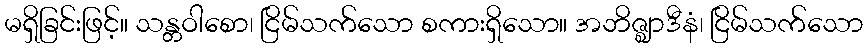
မရှိခြင်းဖြင့်။ သန္တဝါစော၊ ငြိမ်သက်သော စကားရှိသော။ အဘိဇ္ဈာဒီနံ၊ ငြိမ်သက်သော